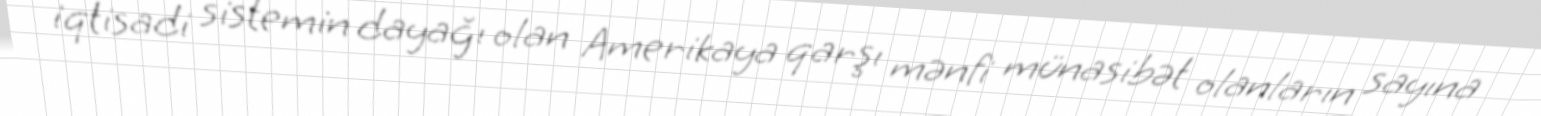
iqtisadi sistemin dayağı olan Amerikaya qarşı mənfi münasibət olanların sayına